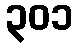
၃၀၁